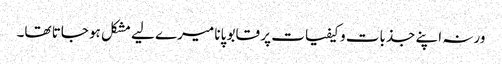
ورنہ اپنے جذبات و کیفیات پر قابو پانا میرے لیے مشکل ہو جاتا تھا۔